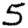
Digit: 5